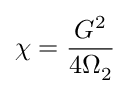
\chi = \frac { G ^ { 2 } } { 4 \Omega _ { 2 } }